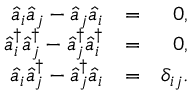
\begin{array} { r l r } { \hat { a } _ { i } \hat { a } _ { j } - \hat { a } _ { j } \hat { a } _ { i } } & { = } & { 0 , } \\ { \hat { a } _ { i } ^ { \dagger } \hat { a } _ { j } ^ { \dagger } - \hat { a } _ { j } ^ { \dagger } \hat { a } _ { i } ^ { \dagger } } & { = } & { 0 , } \\ { \hat { a } _ { i } \hat { a } _ { j } ^ { \dagger } - \hat { a } _ { j } ^ { \dagger } \hat { a } _ { i } } & { = } & { \delta _ { i j } . } \end{array}